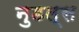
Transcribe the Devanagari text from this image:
नुडल्स